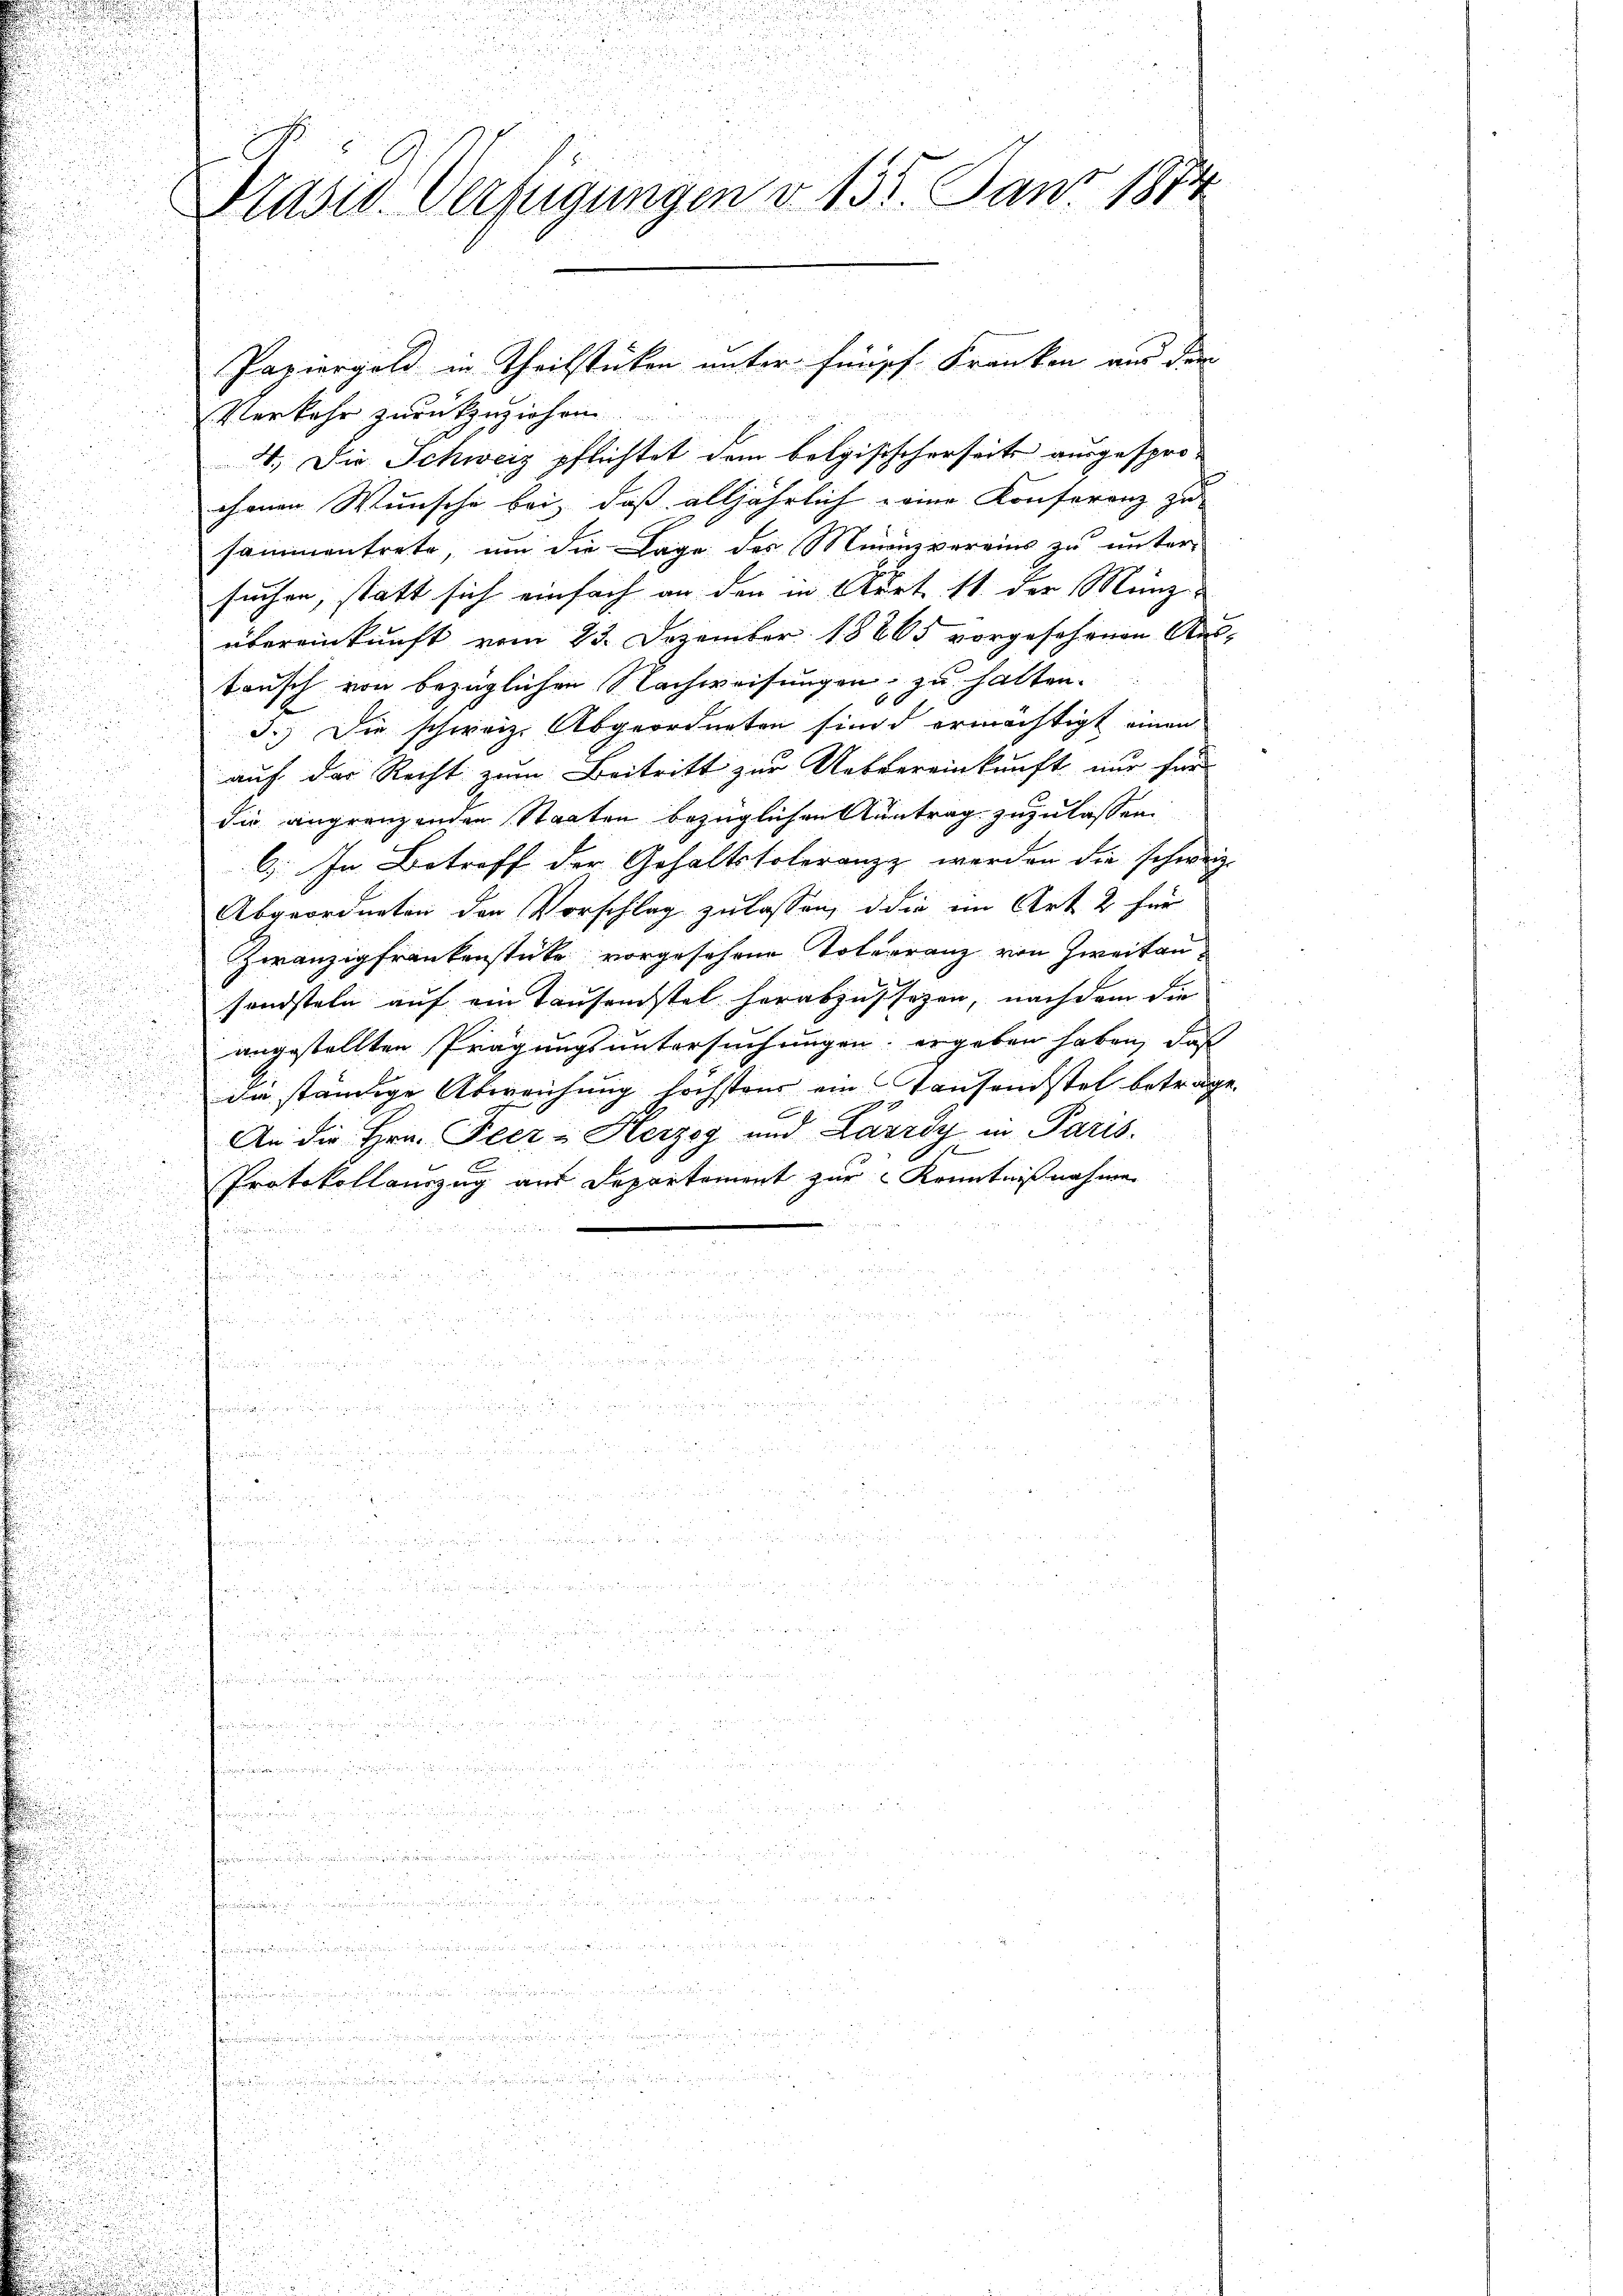
Prasiv. Verfügungen d. 137. Janz 1874

Verkehr zurückzuziehen
4.) Die Schweiz pflichtet dem botgisischerseits ausgespro-
chenen Wünsche bei, daß alljährlich eine Konferenz zu
sammentrete, um die Lage des Munizvereins zu unter
suchen, statt sich einfach an den in Art. 11 der Münz-
übereinkunft vom 23. Dezember 18865 vorgesehenen Aus-
tausch von bezüglichen Nachweisungen zu halten.
3.) Die schweiz. Abgeordneten sind ermächtigt einen
auf der Recht zum Beitritt zur Uebereinkunft nur für
die angrenzenden Staaten bezüglichen Antrag zuzulassen
6. In Betreff der Gehaltstoleranz werden die schweiz.
Abgeordneten den Vorschlag zulassen, die in Art. 2 für
Zwanzig frankenstücke vorgesehene Tolerranz von Zweitansandsteln auf ein Tausendstel herabzustehen, nach dem die
angestellten Prägungsuntersuchungen ergeben haben, daß
die ständige Abweichung höchstens ein Tausendstel beträge.
9
An die Hrn. Peer - Herzog und Zarrdy in Paris.
Protokollauszug aus Departement zur Kenntnißnahmen

i
h

Papiergold in Theilstücken unter finsch Kranken aus den